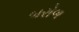
બરોળ